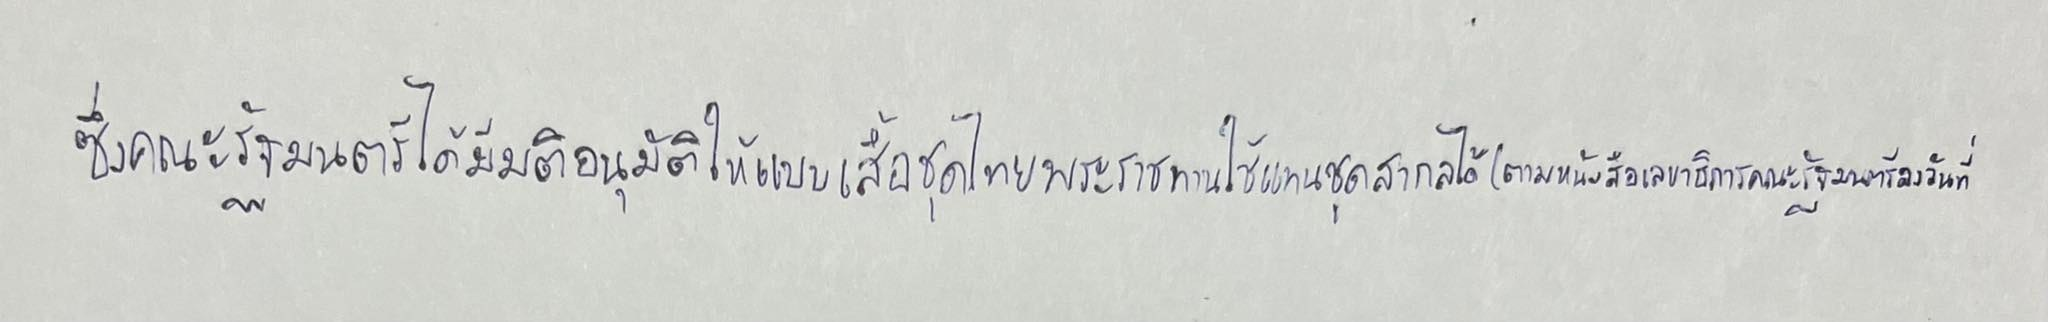
ซึ่งคณะรัฐมนตรีได้มีมติอนุมัติให้แบบเสื้อชุดไทยพระราชทานใช้แทนชุดสากลได้(ตามหนังสือเลขาธิการคณะรัฐมนตรีลงวันที่